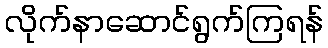
လိုက်နာဆောင်ရွက်ကြရန်